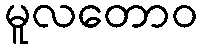
မူလတောဝ